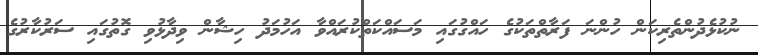
ނުކުޅެދުންތެރިކަން ހުންނަ ފަރާތްތަކުގެ ހައްގުގައި މަސައްކަތްކުރައްވާ އަހުމަދު ހިޝާން ވިދާޅުވި ގޮތުގައި ސަރުކާރުގެ